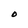
Character: O